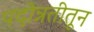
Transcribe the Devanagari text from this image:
पदोन्नतीतून